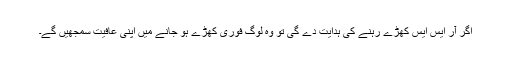
اگر آر ایس ایس کھڑے رہنے کی ہدایت دے گی تو وہ لوگ فوری کھڑے ہو جانے میں اپنی عافیت سمجھیں گے۔